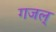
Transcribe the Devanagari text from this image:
गजल्